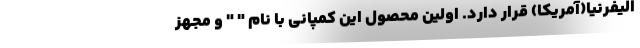
الیفرنیا(آمریکا) قرار دارد. اولین محصول این کمپانی با نام " " و مجهز